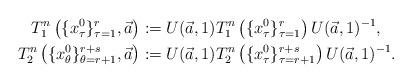
LaTeX: \begin{align*}T_1^n\left(\{x_\tau^0\}_{\tau=1}^{r}, \vec{a} \right) &:=U(\vec{a},1) T_1^n\left(\{x_\tau^0\}_{\tau=1}^{r}\right) U(\vec{a},1)^{-1}, \\T_2^n\left(\{x_\theta^0\}_{\theta=r+1}^{r+s},\vec{a}\right) &:=U(\vec{a},1) T_2^n\left(\{x_\tau^0\}_{\tau=r+1}^{r+s}\right) U(\vec{a},1)^{-1} .\end{align*}